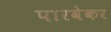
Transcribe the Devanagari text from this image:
पारवेकर